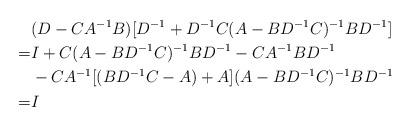
LaTeX: \begin{align*} &(D-CA^{-1}B)[D^{-1}+D^{-1}C(A-BD^{-1}C)^{-1}BD^{-1}]\\ =& I+C(A-BD^{-1}C)^{-1}BD^{-1}-CA^{-1}BD^{-1}\\ & -CA^{-1}[(BD^{-1}C-A)+A](A-BD^{-1}C)^{-1}BD^{-1}\\ =& I\end{align*}